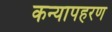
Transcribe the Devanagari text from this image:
कन्यापहरण